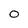
Character: 0